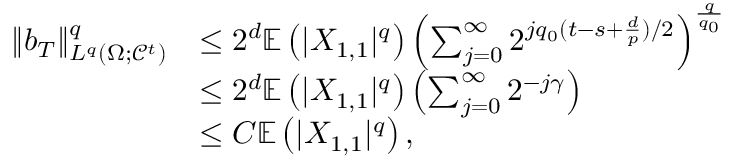
\begin{array} { r l } { \| b _ { T } \| _ { L ^ { q } ( \Omega ; \mathcal { C } ^ { t } ) } ^ { q } } & { \le 2 ^ { d } \mathbb { E } \left( | X _ { 1 , 1 } | ^ { q } \right) \left( \sum _ { j = 0 } ^ { \infty } 2 ^ { j q _ { 0 } ( t - s + \frac { d } { p } ) / 2 } \right) ^ { \frac { q } { q _ { 0 } } } } \\ & { \le 2 ^ { d } \mathbb { E } \left( | X _ { 1 , 1 } | ^ { q } \right) \left( \sum _ { j = 0 } ^ { \infty } 2 ^ { - j \gamma } \right) } \\ & { \le C \mathbb { E } \left( | X _ { 1 , 1 } | ^ { q } \right) , } \end{array}